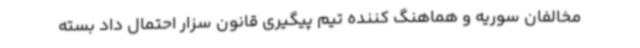
مخالفان سوریه و هماهنگ کننده تیم پیگیری قانون سزار احتمال داد بسته